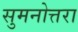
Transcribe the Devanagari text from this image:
सुमनोत्तरा